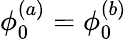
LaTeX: \phi_{0}^{(a)}=\phi_{0}^{(b)}